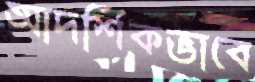
আদর্শিকভাবে